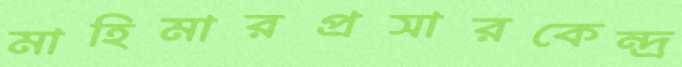
মাহিমারপ্রসারকেন্দ্র